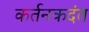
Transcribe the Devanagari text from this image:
कर्तनकदंत